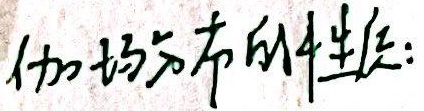
伽玛分布的性质：